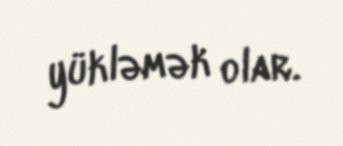
yükləmək olar.